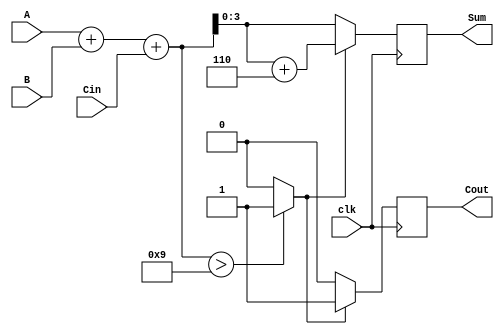
module BCD_Synchronous_Adder (
    input  [3:0] A,      // BCD input A
    input  [3:0] B,      // BCD input B
    input        Cin,     // Carry input
    input        clk,     // Clock input
    output reg [3:0] Sum, // BCD output Sum
    output reg Cout       // Carry output
);

    wire [4:0] RawSum;    // Raw sum of A, B, and Cin
    wire Adjust;          // Adjustment signal

    // Calculate RawSum
    assign RawSum = A + B + Cin;

    // Determine if adjustment is needed
    assign Adjust = (RawSum > 9) ? 1'b1 : 1'b0;

    always @(posedge clk) begin
        if (Adjust) begin
            // Perform adjustment by adding 6
            Sum <= RawSum + 5'd6;
            Cout <= 1'b1; // Set carry out
        end else begin
            Sum <= RawSum[3:0]; // Use the lower 4 bits of RawSum
            Cout <= 1'b0; // No carry out
        end
    end

endmodule